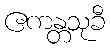
ဧကန္တသုခီ